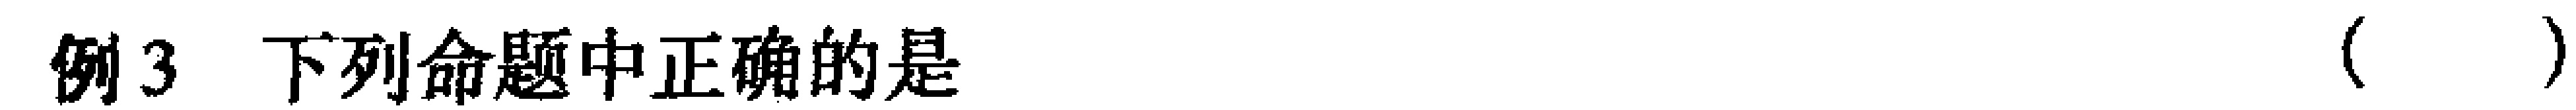
例3 下列命题中正确的是（  ）